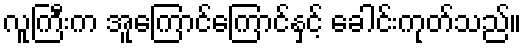
လူကြီးက အူကြောင်ကြောင်နှင့် ခေါင်းကုတ်သည်။